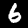
Label: 6